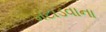
મટાડવાના